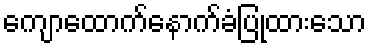
ကျောထောက်နောက်ခံပြုထားသော